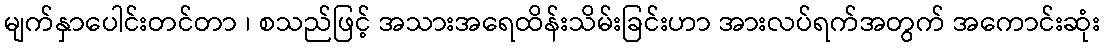
မျက်နှာပေါင်းတင်တာ ၊ စသည်ဖြင့် အသားအရေထိန်းသိမ်းခြင်းဟာ အားလပ်ရက်အတွက် အကောင်းဆုံး